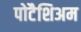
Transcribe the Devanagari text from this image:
पोटैशिअम